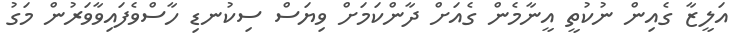
އަލީޒާ ގެއިން ނުކުތީ އީނާމެން ގެއަށް ދާންކަމަށް ވިޔަސް ސިކުނޑި ހާސްވެފައިވާވަރުން މަގު